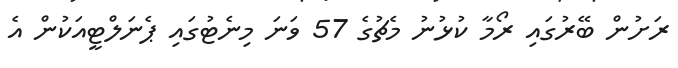
ރަށުން ބޭރުގައި ރޯމާ ކުޅުނު މެޗުގެ 57 ވަނަ މިނެޓުގައި ޕެނަލްޓީއަކުން އެ